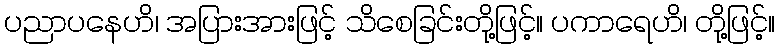
ပညာပနေဟိ၊ အပြားအားဖြင့် သိစေခြင်းတို့ဖြင့်။ ပကာရေဟိ၊ တို့ဖြင့်။